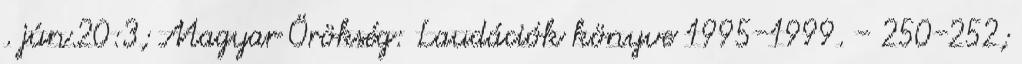
. jún.20:3; Magyar Örökség: Laudációk könyve 1995-1999. - 250-252;